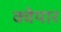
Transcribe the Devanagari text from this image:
क्वेयार